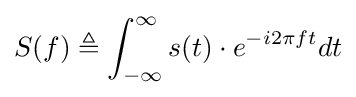
S(f)\triangleq \int _{-\infty }^{\infty }s(t)\cdot e^{-i2\pi ft}dt